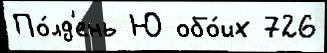
По́лд'ень Ю обо́их 726